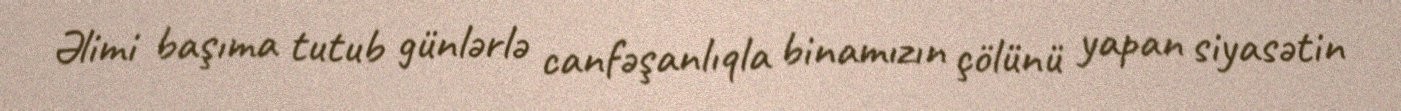
Əlimi başıma tutub günlərlə canfəşanlıqla binamızın çölünü yapan siyasətin